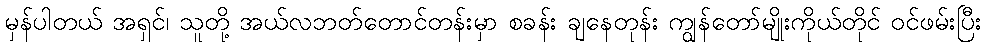
မှန်ပါတယ် အရှင်၊ သူတို့ အယ်လဘတ်တောင်တန်းမှာ စခန်း ချနေတုန်း ကျွန်တော်မျိုးကိုယ်တိုင် ဝင်ဖမ်းပြီး